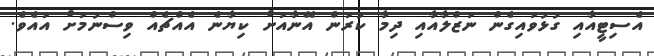
އެސިޓީއާއި ގުޅުވައިގެން ނަޒްލާއާއި ދިމާ ކުރަން އޭނާއަށް ކިޔާނެ އެއްޗެއް ވިސްނުމަށް އައެވެ.